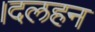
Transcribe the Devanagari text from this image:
।दलहन